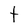
Character: t